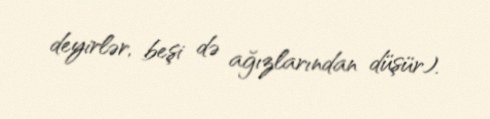
deyirlər, beşi də ağızlarından düşür).